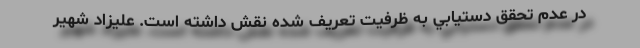
در عدم تحقق دستيابي به ظرفيت تعريف شده نقش داشته است. عليزاد شهير